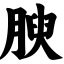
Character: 腴